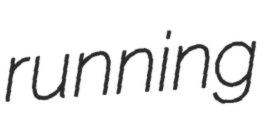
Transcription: running